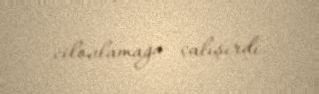
cilovlamağa çalışırdı.